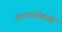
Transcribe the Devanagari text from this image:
घटण्याऐवजी